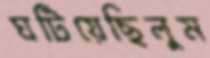
ঘটিয়েছিলুম